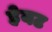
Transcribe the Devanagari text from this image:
हेयट